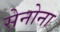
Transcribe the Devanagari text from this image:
सेनोना